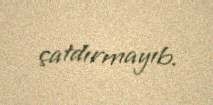
çatdırmayıb.